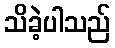
သိခဲ့ပါသည်